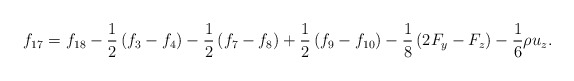
\begin{align*}{f_{17}} = {f_{18}} - \frac{1}{2}\left( {{f_3} - {f_4}} \right) - \frac{1}{2}\left( {{f_7} - {f_8}} \right) + \frac{1}{2}\left( {{f_9} - {f_{10}}} \right) - \frac{1}{8}\left( {2{F_y} - {F_z}} \right) - \frac{1}{6}\rho {u_z}.\end{align*}